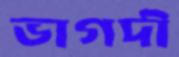
ভাগদী